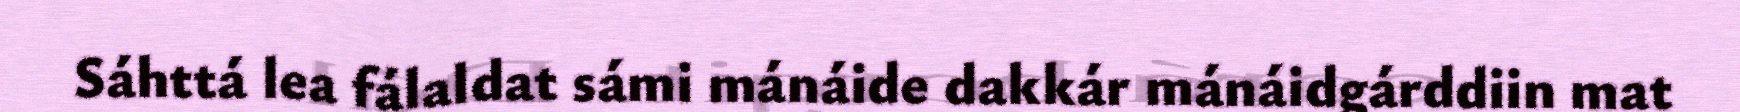
Sáhttá lea fálaldat sámi mánáide dakkár mánáidgárddiin mat